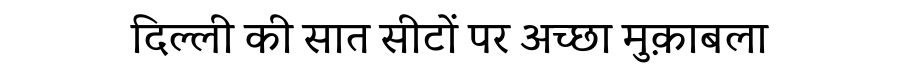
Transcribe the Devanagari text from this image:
दिल्ली की सात सीटों पर अच्छा मुक़ाबला